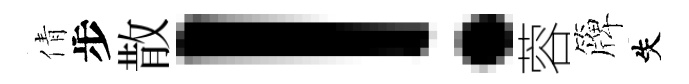
倩步散！蓉簰失